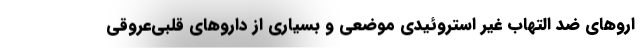
اروهای ضد التهاب غیر استروئیدی موضعی و بسیاری از داروهای قلبی‌عروقی